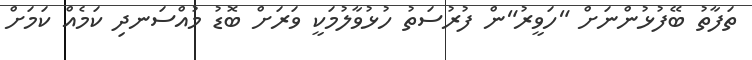
ތަފާތު ބޭފުޅުންނަށް "ހަވީރު"ން ފުރުސަތު ހުޅުވާލުމަކީ ވަރަށް ބޮޑު މުއްސަނދި ކަމެއް ކަމަށް